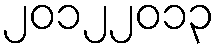
၂၀၁၂၂၀၁၃